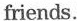
friends.